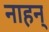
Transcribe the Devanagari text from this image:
नाहन्